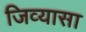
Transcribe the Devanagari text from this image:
जिव्यासा